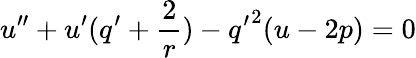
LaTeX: u^{\prime\prime}+u^{\prime}(q^{\prime}+\frac{2}{r})-{q^{\prime}}^{2}(u-2p)=0